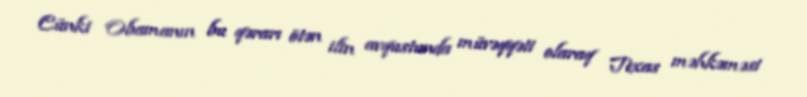
Cünki Obamanın bu qərarı ötən ilin avqustunda müvəqqəti olaraq Texas məhkəməsi